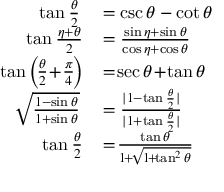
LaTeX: \begin{array} { r l } { \tan { \frac { \theta } { 2 } } } & { { } = \csc \theta - \cot \theta } \\ { \tan { \frac { \eta + \theta } { 2 } } \! } & { { } = { \frac { \sin \eta + \sin \theta } { \cos \eta + \cos \theta } } } \\ { \tan \left( \! { \frac { \theta } { 2 } } \! + \! { \frac { \pi } { 4 } } \! \right) \! } & { { } = \! \sec \theta \! + \! \tan \theta } \\ { { \sqrt { \frac { 1 - \sin \theta } { 1 + \sin \theta } } } } & { { } = { \frac { | 1 - \tan { \frac { \theta } { 2 } } | } { | 1 + \tan { \frac { \theta } { 2 } } | } } } \\ { \tan { \frac { \theta } { 2 } } \! } & { { } = \! { \frac { \tan \theta } { 1 \! + \! { \sqrt { 1 \! + \! \tan ^ { 2 } \theta } } } } } \end{array}